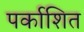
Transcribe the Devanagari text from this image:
पर्काशित